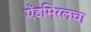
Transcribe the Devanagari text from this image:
ऍडमिरलचा